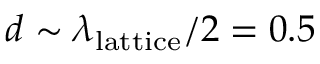
d \sim \lambda _ { \mathrm { l a t t i c e } } / 2 = 0 . 5